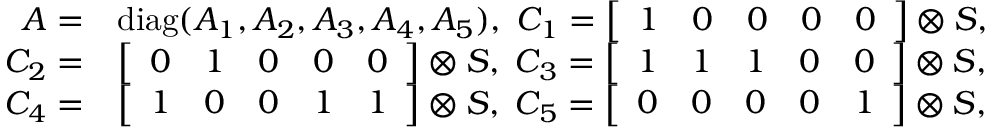
\begin{array} { r l } { A = } & { \mathrm { d i a g } ( A _ { 1 } , A _ { 2 } , A _ { 3 } , A _ { 4 } , A _ { 5 } ) , \; C _ { 1 } = \left[ \begin{array} { l l l l l } { 1 } & { 0 } & { 0 } & { 0 } & { 0 } \end{array} \right] \otimes S , } \\ { C _ { 2 } = } & { \left[ \begin{array} { l l l l l } { 0 } & { 1 } & { 0 } & { 0 } & { 0 } \end{array} \right] \otimes S , \; C _ { 3 } = \left[ \begin{array} { l l l l l } { 1 } & { 1 } & { 1 } & { 0 } & { 0 } \end{array} \right] \otimes S , } \\ { C _ { 4 } = } & { \left[ \begin{array} { l l l l l } { 1 } & { 0 } & { 0 } & { 1 } & { 1 } \end{array} \right] \otimes S , \; C _ { 5 } = \left[ \begin{array} { l l l l l } { 0 } & { 0 } & { 0 } & { 0 } & { 1 } \end{array} \right] \otimes S , } \end{array}